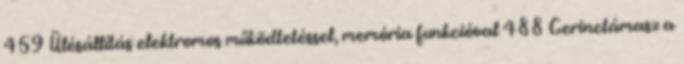
459 Ülésállítás elektromos működtetéssel, memória funkcióval 488 Gerinctámasz a